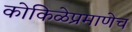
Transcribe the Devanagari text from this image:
कोकिळेप्रमाणेच